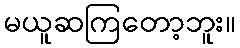
မယူဆကြတော့ဘူး။